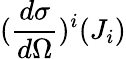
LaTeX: (\frac{d\sigma}{d\Omega})^{i}(J_{i})